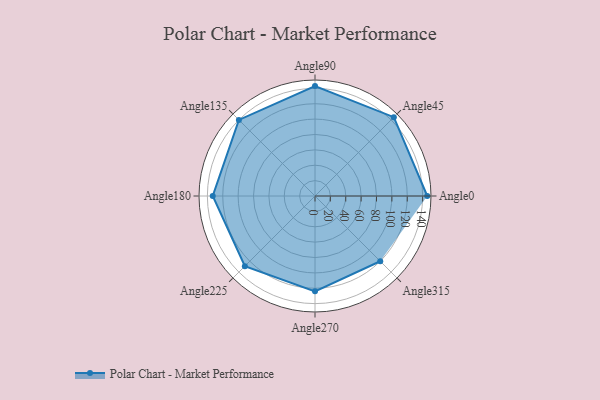
{"axis": {"x": "Angle", "y": "Radius"}, "legend": [""], "data": [{"x": "Angle0", "y": 146.0, "type": ""}, {"x": "Angle45", "y": 145.0, "type": ""}, {"x": "Angle90", "y": 143.0, "type": ""}, {"x": "Angle135", "y": 140.0, "type": ""}, {"x": "Angle180", "y": 133.0, "type": ""}, {"x": "Angle225", "y": 129.0, "type": ""}, {"x": "Angle270", "y": 124.0, "type": ""}, {"x": "Angle315", "y": 120.0, "type": ""}]}